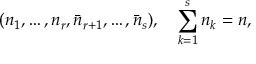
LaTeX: ( n _ { 1 } , \ldots , n _ { r } , \bar { n } _ { r + 1 } , \ldots , \bar { n } _ { s } ) , \quad \sum _ { k = 1 } ^ { s } n _ { k } = n ,